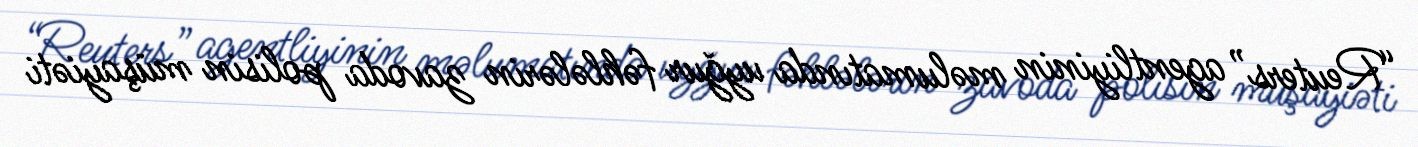
“Reuters” agentliyinin məlumatında uyğur fəhlələrin zavoda polisin müşayiəti